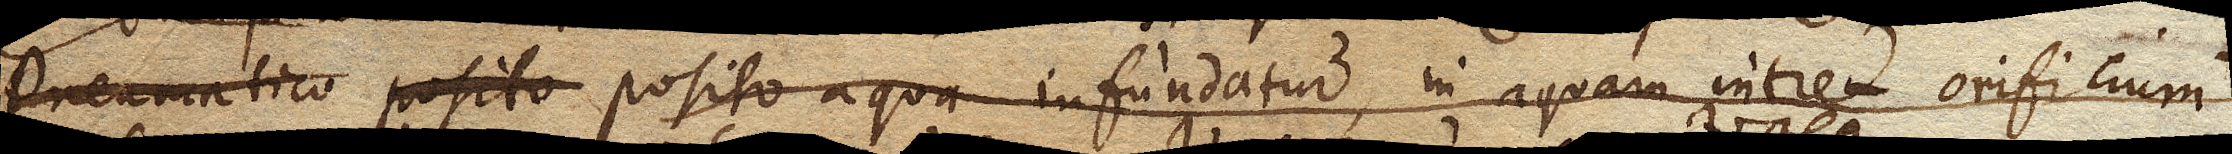
Pneumatico posito in pneumatico Recipiente posito aqua infundatur, in aquam intret orificium